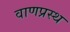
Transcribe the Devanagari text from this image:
वाणप्रस्थ